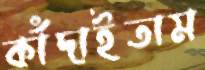
কাঁদাইতাম